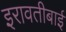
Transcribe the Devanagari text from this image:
इरावतीबाई